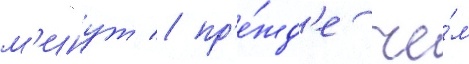
м'инут / пр'е́жд'е че́м